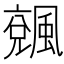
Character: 𩘍